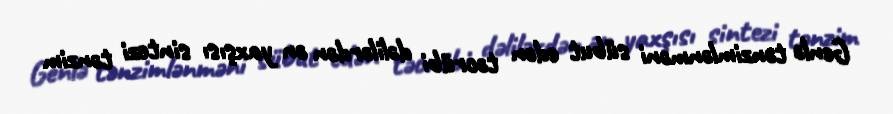
Genlə tənzimlənməni sübut edən təcrübi dəlilərdən ən yaxşısı sintezi tənzim